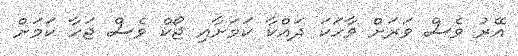
އޭރު ވެސް ވަރަށް ވާހަކަ ދައްކާ ކަމަށާއި ޖޯކް ވެސް ޖަހާ ކަމަށް